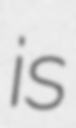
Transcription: is